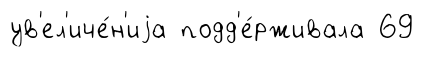
ув'ел'иче́н'иjа подд'е́рживала 69